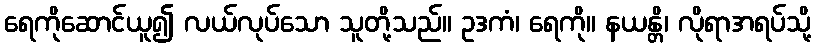
ရေကိုဆောင်ယူ၍ လယ်လုပ်သော သူတို့သည်။ ဥဒကံ၊ ရေကို။ နယန္တိ၊ လိုရာအရပ်သို့